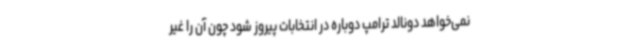
نمی‌خواهد دونالد ترامپ دوباره در انتخابات پیروز شود چون آن را غیر